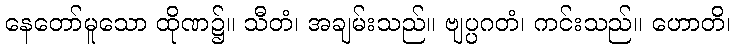
နေတော်မူသော ထိုဏ၌။ သီတံ၊ အချမ်းသည်။ ဗျပ္ပဂတံ၊ ကင်းသည်။ ဟောတိ၊